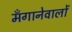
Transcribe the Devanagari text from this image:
मँगानेवालों